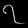
Digit: ၇